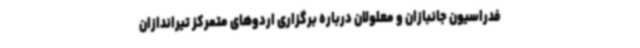
فدراسیون جانبازان و معلولان درباره برگزاری اردوهای متمرکز تیراندازان